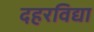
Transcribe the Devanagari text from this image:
दहरविद्या